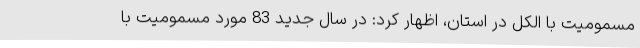
مسمومیت با الکل در استان، اظهار کرد: در سال جدید 83 مورد مسمومیت با